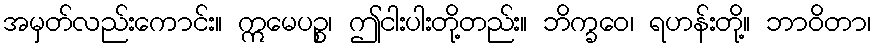
အမှတ်လည်းကောင်း။ ဣမေပဉ္စ၊ ဤငါးပါးတို့တည်း။ ဘိက္ခဝေ၊ ရဟန်းတို့။ ဘာဝိတာ၊